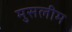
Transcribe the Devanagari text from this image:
मुसलीम